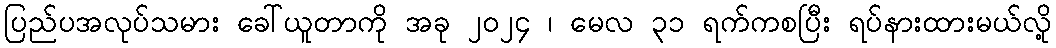
ပြည်ပအလုပ်သမား ခေါ်ယူတာကို အခု ၂၀၂၄ ၊ မေလ ၃၁ ရက်ကစပြီး ရပ်နားထားမယ်လို့